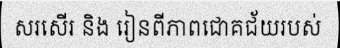
សរសើរ និង រៀនពីភាពជោគជ័យរបស់